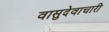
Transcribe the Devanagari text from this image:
वासुदेवाचारी